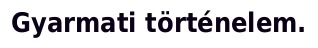
Gyarmati történelem.